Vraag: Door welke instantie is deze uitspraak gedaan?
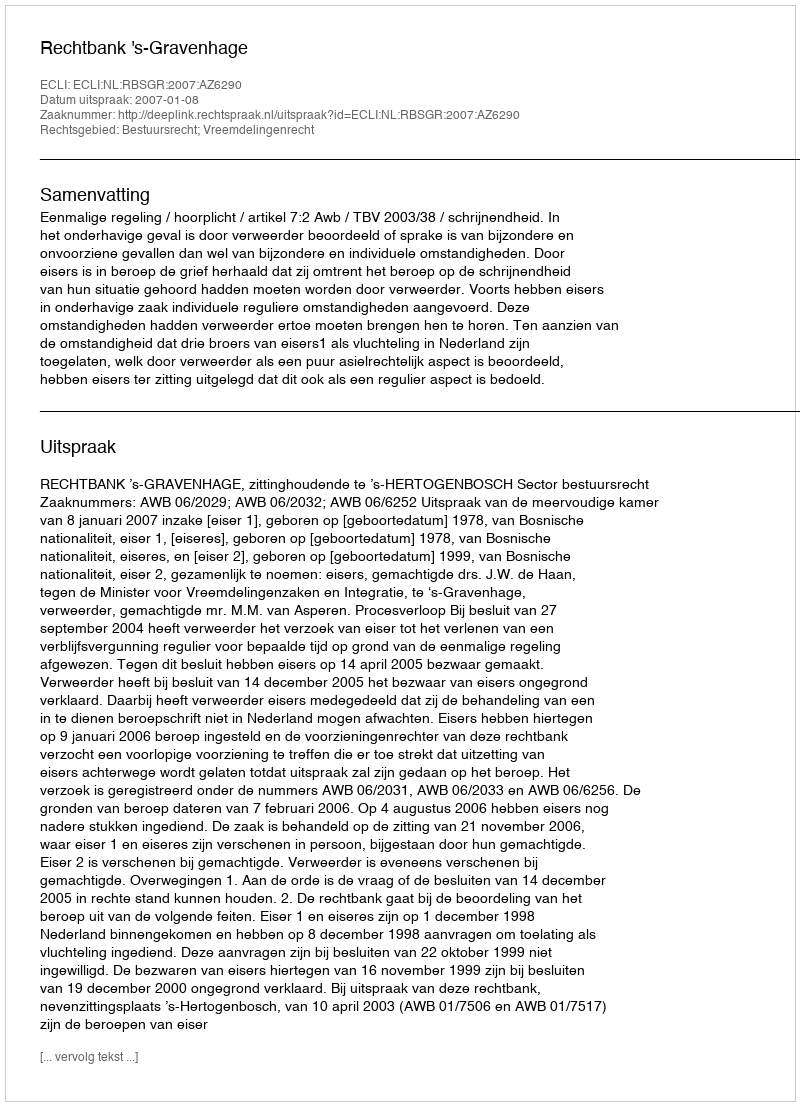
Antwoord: Rechtbank 's-Gravenhage